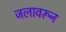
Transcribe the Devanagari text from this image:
जलावरून